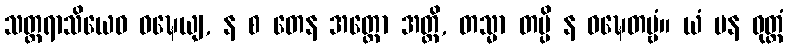
သတ္တရာသိယေဝ ဝဍ္ဎေယျ, န စ တေန အတ္ထော အတ္ထိ, တသ္မာ တမ္ပိ န ဝဍ္ဎေတဗ္ဗံ။ ယံ ပန ဝုတ္တံ